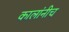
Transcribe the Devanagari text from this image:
कालांनीच